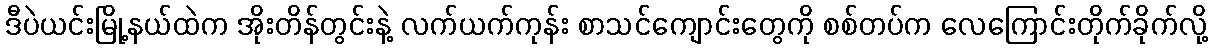
ဒီပဲယင်းမြို့နယ်ထဲက အိုးတိန်တွင်းနဲ့ လက်ယက်ကုန်း စာသင်ကျောင်းတွေကို စစ်တပ်က လေကြောင်းတိုက်ခိုက်လို့